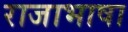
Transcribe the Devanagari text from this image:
राजाभाषा